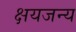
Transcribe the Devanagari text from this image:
क्षयजन्य